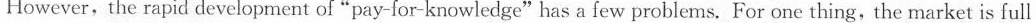
However,the rapid development of "pay-for-knowledge"has a few problems. For one thing,the market is full